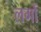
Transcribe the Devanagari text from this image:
लगों